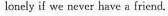
lonely if we never have a friend.